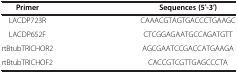
<table><thead><tr><td><b>Primer</b></td><td><b>Sequences (5′-3′)</b></td></tr></thead><tbody><tr><td>LACDP723R</td><td>CAAACGTAGTGACCCTGAAGC</td></tr><tr><td>LACDP652F</td><td>CTCGGAGAATGCCAGATGTT</td></tr><tr><td>rtBtubTRICHOR2</td><td>AGCGAATCCGACCATGAAGA</td></tr><tr><td>rtBtubTRICHOF2</td><td>CACCGTCGTTGAGCCCTA</td></tr></tbody></table>